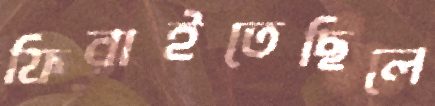
ফিরাইতেছিলে